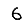
Digit: 6